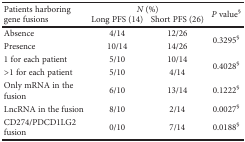
<table><thead><tr><td rowspan="2"><b>Patients harboring gene fusions</b></td><td colspan="2"><b><i>N</i> (%)</b></td><td rowspan="2"><b><i>P</i> value<sup>§</sup></b></td></tr><tr><td><b>Long PFS (14)</b></td><td><b>Short PFS (26)</b></td></tr></thead><tbody><tr><td>Absence</td><td>4/14</td><td>12/26</td><td rowspan="2">0.3295<sup>§</sup></td></tr><tr><td>Presence</td><td>10/14</td><td>14/26</td></tr><tr><td>1 for each patient</td><td>5/10</td><td>10/14</td><td rowspan="2">0.4028<sup>§</sup></td></tr><tr><td>&gt;1 for each patient</td><td>5/10</td><td>4/14</td></tr><tr><td>Only mRNA in the fusion</td><td>6/10</td><td>13/14</td><td>0.1222<sup>§</sup></td></tr><tr><td>LncRNA in the fusion</td><td>8/10</td><td>2/14</td><td>0.0027<sup>§</sup></td></tr><tr><td>CD274/PDCD1LG2 fusion</td><td>0/10</td><td>7/14</td><td>0.0188<sup>§</sup></td></tr></tbody></table>